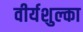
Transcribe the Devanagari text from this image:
वीर्यशुल्का